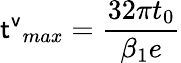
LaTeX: {\sf t^{v}}_{max}=\frac{32\pi t_{0}}{\beta_{1}e}